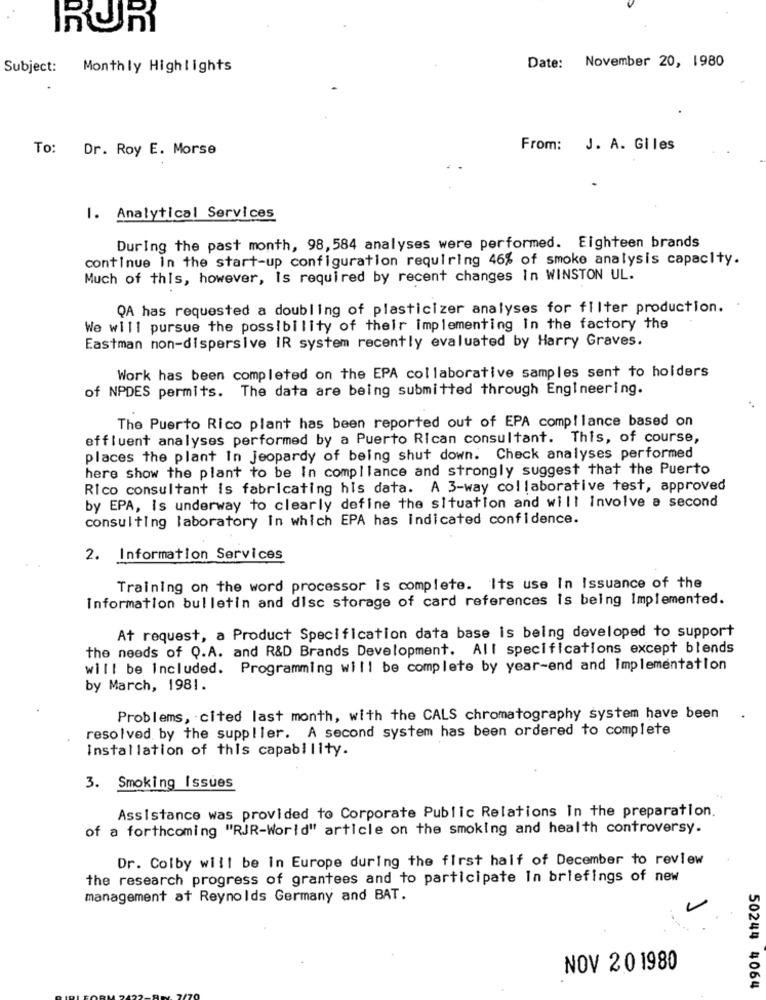
RUR
Subject: Monthly Highlights
Date: November 20, 1980
To: Dr. Roy E. Morse
From: J. A. Giles
I. Analytical Services
During the past month, 98, 584 analyses were performed. Eighteen brands
continue in the start-up configuration requiring 46% of smoke analysis capacity.
Much of this, however, Is required by recent changes In WINSTON UL.
QA has requested a doubling of plasticizer analyses for filter production.
We will pursue the possibility of their implementing in the factory the
Eastman non-dispersive IR system recently evaluated by Harry Graves.
Work has been completed on the EPA collaborative samples sent to holders
of NPDES permits. The data are being submitted through Engineering.
The Puerto Rico plant has been reported out of EPA compilance based on
effluent analyses performed by a Puerto Rican consultant. This, of course,
places the plant In jeopardy of being shut down. Check analyses performed
here show the plant to be In compliance and strongly suggest that the Puerto
Rico consultant is fabricating his data. A 3-way collaborative test, approved
by EPA, Is underway to clearly define the situation and will involve a second
consulting laboratory in which EPA has indicated confidence.
2. Information Services
Training on the word processor is complete. Its use In Issuance of the
Information bulletin and disc storage of card references is being Implemented.
At request, a Product Specification data base is being developed to support
the needs of Q.A. and R&D Brands Development. All specifications except blends
will be Included. Programming will be complete by year-end and implementation
by March, 1981.
Problems, cited last month, with the CALS chromatography system have been
resolved by the supplier. A second system has been ordered to complete
Installation of this capability.
3. Smoking Issues
Assistance was provided to Corporate Public Relations In the preparation.
of a forthcoming "RJR-World" article on the smoking and health controversy.
Dr. Colby will be in Europe during the first half of December to review
the research progress of grantees and to participate In briefings of new
management at Reynolds Germany and BAT.
NOV 201980
50244 4064